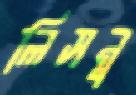
লিসনু